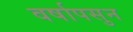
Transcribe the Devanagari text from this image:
वर्षापसुन